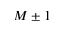
M \pm 1